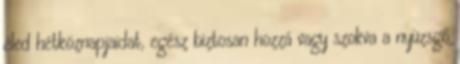
éled hétköznapjaidat, egész biztosan hozzá vagy szokva a nyüzsgő